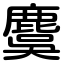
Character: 麌